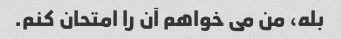
بله، من می خواهم آن را امتحان کنم.